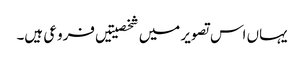
یہاں اس تصویر میں شخصیتیں فروعی ہیں۔